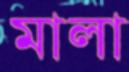
মালা